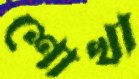
শোখা